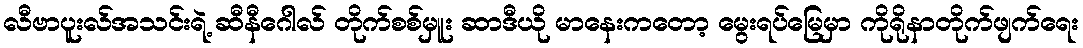
လီဗာပူးလ်အသင်းရဲ့ ဆီနီဂေါလ် တိုက်စစ်မှူး ဆာဒီယို မာနေးကတော့ မွေးရပ်မြေမှာ ကိုရိုနာတိုက်ဖျက်ရေး